Bombay plague: being a history of the progress of plague in the Bombay presidency from September 1896 to June 1899
Year: 1896
Disease focus: Plague
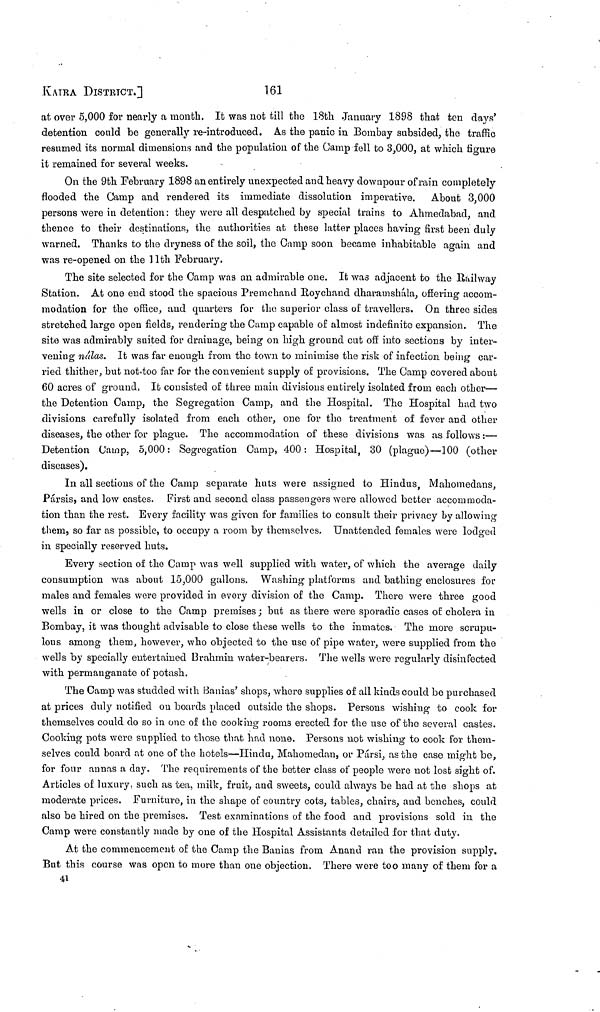
KATRA DISTRICT.]
161
at over 5,000 for nearly a month. It was not till the 18th January 1898 that ten days'
detention could be generally re-introduced. As the panic in Bombay subsided, the traffic
resumed its normal dimensions and the population of the Camp fell to 3,000, at which figure
it remained for several weeks.
On the 9th February 1898 an entirely unexpected and heavy downpour of rain completely
flooded the Camp and rendered its immediate dissolution imperative. About 3,000
persons were in detention : they were all despatched by special trains to Ahmedabad, and
thence to their destinations, the authorities at these latter places having first been duly
warned. Thanks to the dryness of the soil, the Camp soon became inhabitable again and
was re-opened on the 11th February.
The site selected for the Camp was an admirable one. It was adjacent to the Railway
Station. At one end stood the spacious Premchand Roychand dharamshula, offering accom-
modation for the office, and quarters for the superior class of travellers. On three sides
stretched large open fields, rendering the Camp capable of almost indefinite expansion. The
site was admirably suited for drainage, being on high ground cut off into sections by inter-
vening nálas. It was far enough from the town to minimise the risk of infection being car-
ried thither, but not-too far for the convenient supply of provisions. The Camp covered about
60 acres of ground. It consisted of three main divisions entirely isolated from each other—
the Detention Camp, the Segregation Camp, and the Hospital. The Hospital had two
divisions carefully isolated from each other, one for the treatment of fever and other
diseases, the other for plague. The accommodation of these divisions was as follows :—
Detention Camp, 5,000: Segregation Camp, 400: Hospital, 30 (plague)—100 (other
diseases).
In all sections of the Camp separate huts were assigned to Hindus, Mahomedans,
Pársis, and low castes. First and second class passengers wore allowed better accommoda-
tion than the rest. Every facility was given for families to consult their privacy by allowing
them, so far as possible, to occupy a room by themselves. Unattended females were lodged
in specially reserved huts.
Every section of the Camp was well supplied with water, of which the average daily
consumption was about 15,000 gallons. Washing platforms and bathing enclosures for
males and females were provided in every division of the Camp. There were three good
wells in or close to the Camp premises ; but as there were sporadic cases of cholera in
Bombay, it was thought advisable to close these wells to the inmates. The more scrupu-
lous among them, however, who objected to the use of pipe water, were supplied from the
wells by specially entertained Brahmin water-bearers. The wells were regularly disinfected
with permanganate of potash.
The Camp was studded with Banias' shops, where supplies of all kinds could be purchased
at prices duly notified ou boards placed outside the shops. Persons wishing to cook for
themselves could do so in one of the cooking rooms erected for the use of the several castes.
Cooking pots were supplied to those that had none. Persons not wishing to cook for them-
selves could board at one of the hotels—Hindu, Mahomedan, or Parsi, as the case might bo,
for four annas a day. The requirements of the better class of people were not lost sight of.
Articles of luxury such as tea, milk, fruit, and sweets, could always be had at the shops at
moderate prices. Furniture, in the shape of country cots, tables, chairs, and benches, could
also be hired on the premises. Test examinations of the food and provisions sold in the
Camp were constantly made by one of the Hospital Assistants detailed for that duty.
At the commencement of the Camp the Banias from Anand ran the provision supply.
But this course was open to more than one objection. There were too many of them for a
41